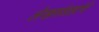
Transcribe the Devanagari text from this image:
लेखसंग्रहांचे